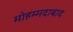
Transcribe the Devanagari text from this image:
मोहम्‍मदाबाद